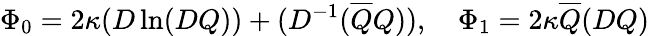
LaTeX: \Phi_{0}=2\kappa(D\ln(DQ))+(D^{-1}(\overline{{{Q}}}Q)),\quad\Phi_{1}=2\kappa\overline{{{Q}}}(DQ)